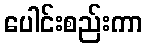
ပေါင်းစည်းကာ